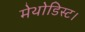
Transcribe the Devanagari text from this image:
मेथोडिस्ट।